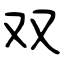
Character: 双